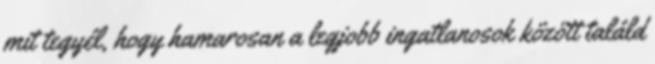
mit tegyél, hogy hamarosan a legjobb ingatlanosok között találd